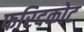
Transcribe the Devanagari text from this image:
फरिदकोट